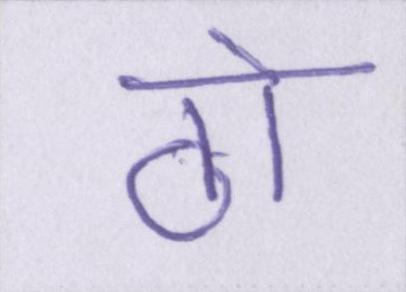
ठो